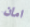
امان